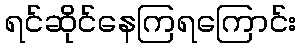
ရင်ဆိုင်နေကြရကြောင်း